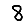
Digit: 8